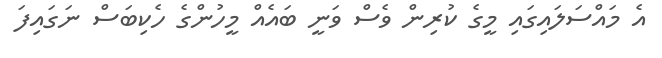
އެ މައްސަލައިގައި މީގެ ކުރިން ވެސް ވަނީ ބައެއް މީހުންގެ ހެކިބަސް ނަގައިފަ